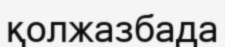
қолжазбада